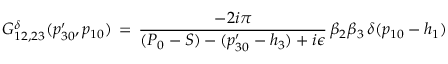
G _ { 1 2 , 2 3 } ^ { \delta } ( p _ { 3 0 } ^ { \prime } , p _ { 1 0 } ) \, = \, { \frac { - 2 i \pi } { ( P _ { 0 } - S ) - ( p _ { 3 0 } ^ { \prime } - h _ { 3 } ) + i \epsilon } } \, \beta _ { 2 } \beta _ { 3 } \, \delta ( p _ { 1 0 } - h _ { 1 } )